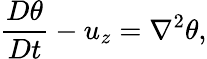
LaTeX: \frac{D\theta}{Dt}-u_{z}=\nabla^{2}\theta,